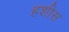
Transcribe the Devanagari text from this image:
हशीस